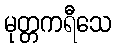
မုတ္တကရီသေ